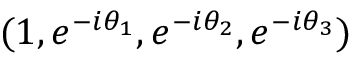
( 1 , e ^ { - i \theta _ { 1 } } , e ^ { - i \theta _ { 2 } } , e ^ { - i \theta _ { 3 } } )